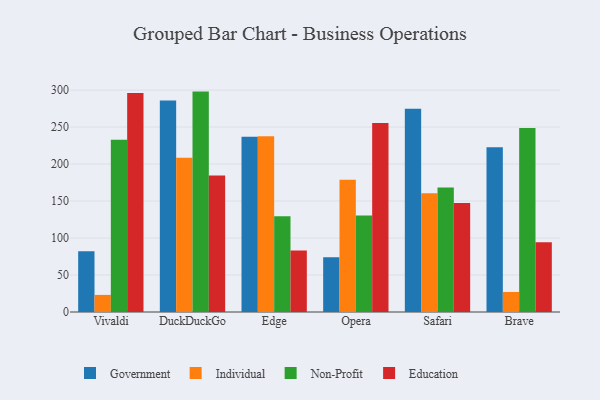
{"axis": {"x": "Browser", "y": "Website Visitors"}, "legend": ["Education", "Government", "Individual", "Non-Profit"], "data": [{"x": "Vivaldi", "y": 82.0, "type": "Government"}, {"x": "Vivaldi", "y": 23.1, "type": "Individual"}, {"x": "Vivaldi", "y": 232.8, "type": "Non-Profit"}, {"x": "Vivaldi", "y": 296.0, "type": "Education"}, {"x": "DuckDuckGo", "y": 286.0, "type": "Government"}, {"x": "DuckDuckGo", "y": 208.5, "type": "Individual"}, {"x": "DuckDuckGo", "y": 297.9, "type": "Non-Profit"}, {"x": "DuckDuckGo", "y": 184.5, "type": "Education"}, {"x": "Edge", "y": 236.8, "type": "Government"}, {"x": "Edge", "y": 237.7, "type": "Individual"}, {"x": "Edge", "y": 129.4, "type": "Non-Profit"}, {"x": "Edge", "y": 83.0, "type": "Education"}, {"x": "Opera", "y": 74.0, "type": "Government"}, {"x": "Opera", "y": 178.6, "type": "Individual"}, {"x": "Opera", "y": 130.6, "type": "Non-Profit"}, {"x": "Opera", "y": 255.5, "type": "Education"}, {"x": "Safari", "y": 274.8, "type": "Government"}, {"x": "Safari", "y": 160.6, "type": "Individual"}, {"x": "Safari", "y": 168.3, "type": "Non-Profit"}, {"x": "Safari", "y": 147.3, "type": "Education"}, {"x": "Brave", "y": 222.8, "type": "Government"}, {"x": "Brave", "y": 27.1, "type": "Individual"}, {"x": "Brave", "y": 248.6, "type": "Non-Profit"}, {"x": "Brave", "y": 94.4, "type": "Education"}]}